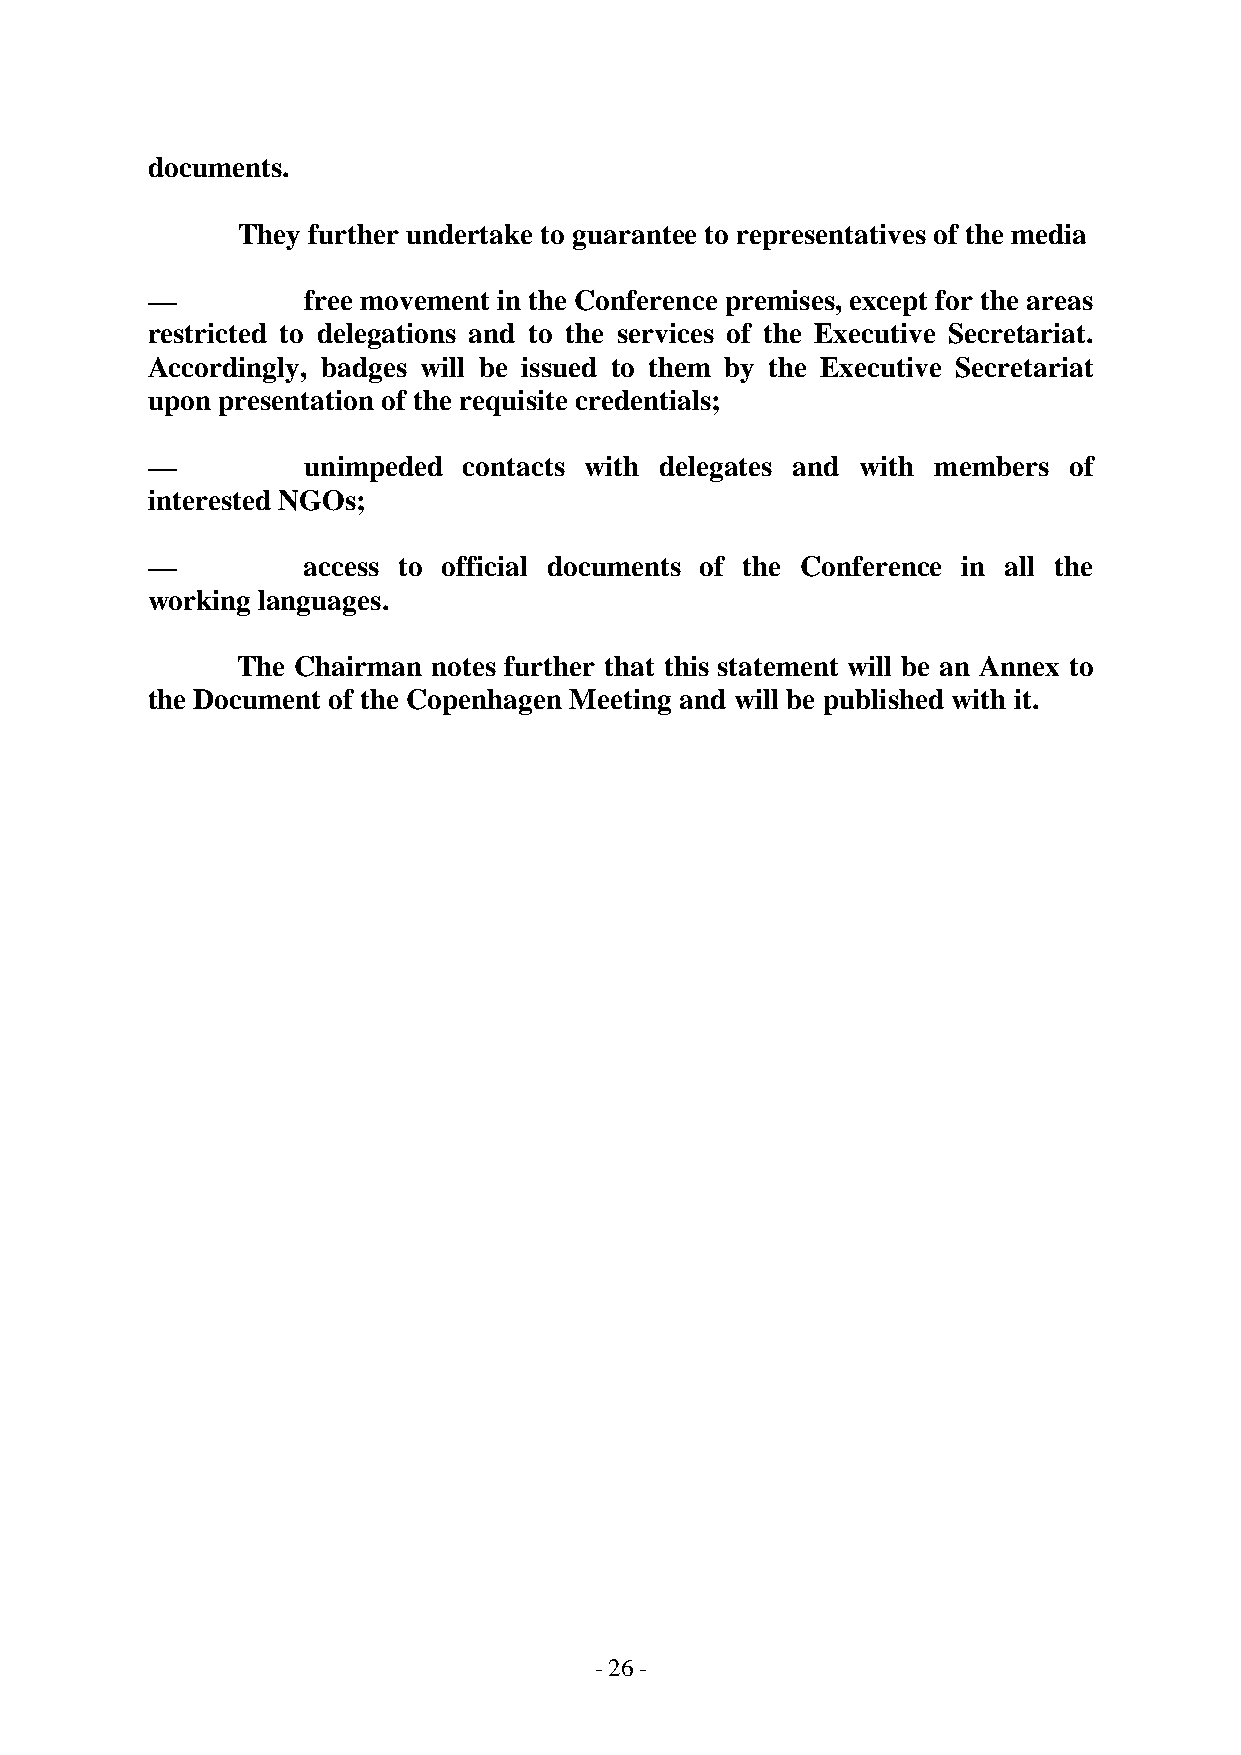
documents.
 They further undertake to guarantee to representatives of the media
 —         free movement in the Conference premises, except for the areas
 restricted to delegations and to the services of the Executive Secretariat.
 Accordingly, badges will be issued to them by the Executive Secretariat
 upon presentation of the requisite credentials;
 —         unimpeded  contacts with delegates and with members of
 interested NGOs;
 —         access to official documents of the Conference in all the
 working languages.
 The Chairman notes further that this statement will be an Annex to
 the Document of the Copenhagen Meeting and will be published with it.
 - 26 -